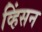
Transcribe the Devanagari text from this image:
व्हिंसन